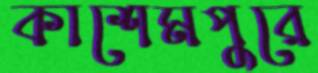
কাশেমপুরে